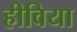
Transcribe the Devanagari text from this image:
हीविया